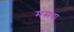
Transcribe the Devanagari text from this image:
मसपा